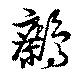
鷓